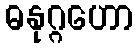
ဓနုဂ္ဂဟော